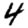
Digit: 4